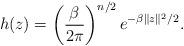
LaTeX: \begin{align*}h(z)=\left(\frac{\beta}{2\pi}\right)^{n/2}e^{-\beta\|z\|^2/2}.\end{align*}